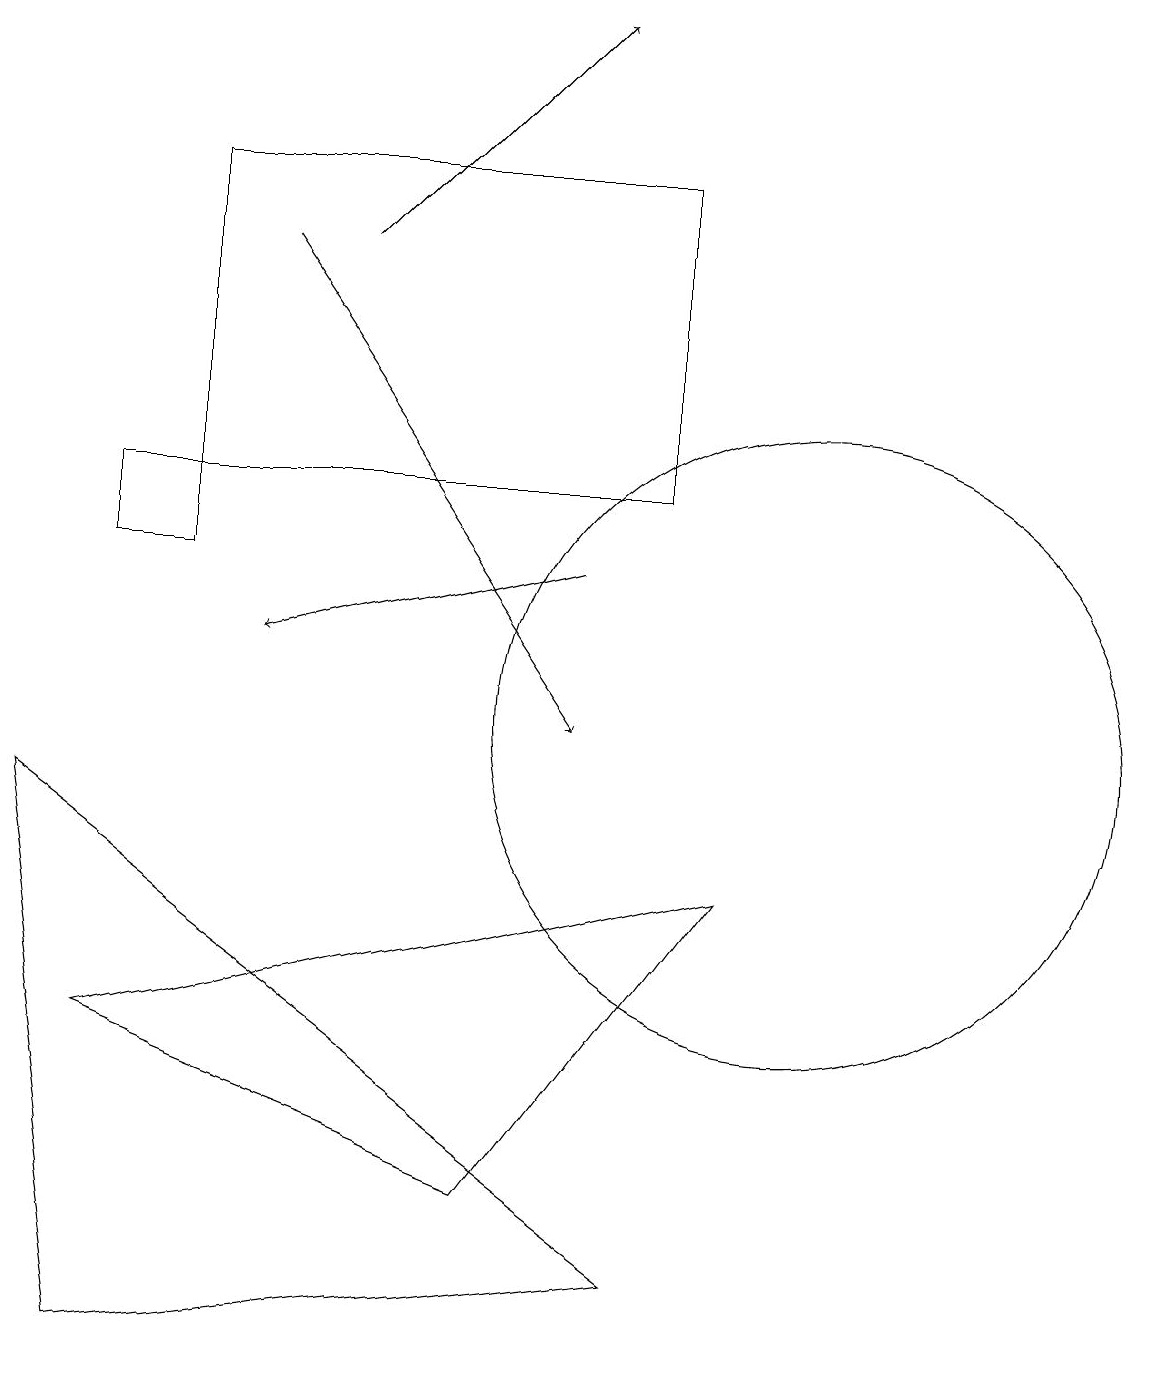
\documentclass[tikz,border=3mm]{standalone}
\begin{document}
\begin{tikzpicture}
\draw (1,2) -- (0,9) -- (8,3) -- cycle;
\draw (2,13) rectangle (8,17);
\draw (6,4) -- (9,8) -- (1,6) -- cycle;
\draw[->] (3,16) -- (7,10);
\draw[->] (4,16) -- (7,19);
\draw (2,12) rectangle (1,13);
\draw (10,10) circle (4);
\draw[->] (7,12) -- (3,11);
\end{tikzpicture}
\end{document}